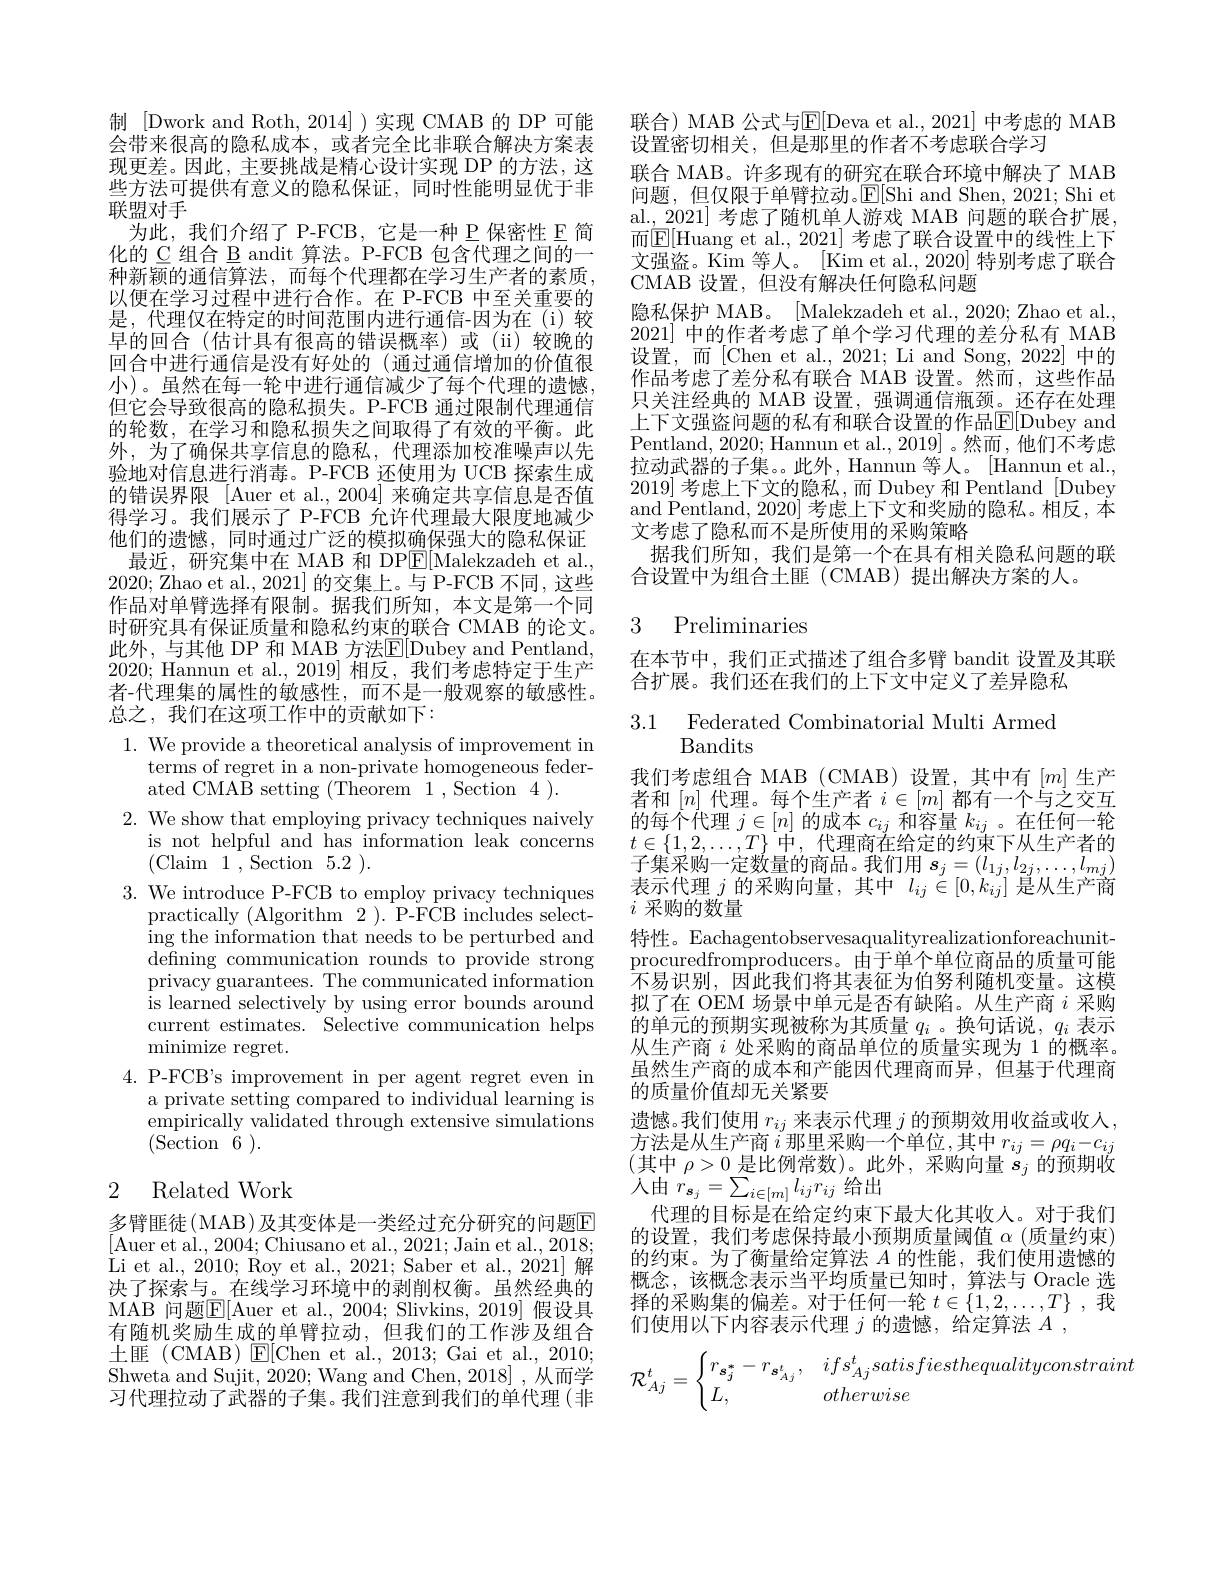
制 [Dwork and Roth, 2014] )实现 CMAB 的 DP 可能会带来很高的隐私成本，或者完全比非联合解决方案表现更差。因此，主要挑战是精心设计实现 DP 的方法，这些方法可提供有意义的隐私保证，同时性能明显优于非$\overline{\text{联盟对手}}$
为此，我们介绍了 P-FCB,它是一种 P 保密性 E 简化的 C 组合 B andit 算法。P-FCB 包含代理之间的一种新颖的通信算法，而每个代理都在学习生产者的素质， 以便在学习过程中进行合作。在 P-FCB 中至关重要的是，代理仅在特定的时间范围内进行通信-因为在(i)较早的回合(估计具有很高的错误概率)或(ii)较晚的回合中进行通信是没有好处的 (通过通信增加的价值很小)。虽然在每一轮中进行通信减少了每个代理的遗憾， 但它会导致很高的隐私损失。P-FCB 通过限制代理通信的轮数，在学习和隐私损失之间取得了有效的平衡。此外，为了确保共享信息的隐私，代理添加校准噪声以先验地对信息进行消毒。P-FCB 还使用为 UCB 探索生成的错误界限[Auer et al.,2004] 来确定共享信息是否值得学习。我们展示了 P-FCB 允许代理最大限度地减少他们的遗憾，同时通过广泛的模拟确保强大的隐私保证最近，研究集中在 MAB 和 DP$\mathbb{E}[$Malekzadeh et al.
2020; Zhao et al., 2021] 的交集上。与 P-FCB 不同，这些作品对单臂选择有限制。据我们所知，本文是第一个同时研究具有保证质量和隐私约束的联合 CMAB 的论文。此外，与其他 DP 和 MAB 方法$\mathbb{E}[$Dubey and Pentland, 2020; Hannun et al., 2019] 相反，我们考虑特定于生产者-代理集的属性的敏感性，而不是一般观察的敏感性。总之，我们在这项工作中的贡献如下：

$1.{\mathrm{~We~provide~a~theoretical~analysis~of~improvement~in}}$
terms of regret in a non-private homogeneous feder-
ated CMAB setting (Theorem 1,Section 4 ).
2. We show that employing privacy techniques naively
is not helpful and has information leak concerns
(Claim1,Section5.2).
3. We introduce P-FCB to employ privacy techniques
practically (Algorithm 2 ). P-FCB includes selecting the information that needs to be perturbed and defining communication rounds to provide strong privacy guarantees. The communicated information is learned selectively by using error bounds around current estimates. Selective communication helps minimize regret.
4.P-FCB's improvement in per agent regret even in
a private setting compared to individual learning is empirically validated through extensive simulations $({\mathrm{Section}}~{\bar{6}}).$

## 2 Related Work

多臂匪徒(MAB)及其变体是一类经过充分研究的问题E [Auer et al., 2004; Chiusano et al., 2021; Jain et al., 2018; Li et al., 2010; Roy et al., 2021; Saber et al., 2021] 解决了探索与。在线学习环境中的剥削权衡。虽然经典的MAB 问题$\boxed{\mathrm{F}}[$Auer et al.,2004; Slivkins, 2019] 假设具有随机奖励生成的单臂拉动，但我们的工作涉及组合土匪(CMAB) $\operatorname{E}[$Chen et al., 2013; Gai et al., 2010; Shweta and Sujit, 2020; Wang and Chen, 2018] , 从而学习代理拉动了武器的子集。我们注意到我们的单代理(非

联合) MAB 公式与$\mathbb{E}[$Deva et al., 2021] 中考虑的 MAB
设置密切相关，但是那里的作者不考虑联合学习
联合 MAB。许多现有的研究在联合环境中解决了 MAB 问题，但仅限于单臂拉动。$\mathbb{E}[$Shi and Shen, 2021; Shi et al.\_2021] 考虑了随机单人游戏 MAB 问题的联合扩展， 而$\mathbb{E}[$Huang et al., 2021] 考虑了联合设置中的线性上下文强盗。Kim 等人。[Kim et al.,2020] 特别考虑了联合CMAB 设置，但没有解决任何隐私问题
隐私保护 MAB。[Malekzadeh et al., 2020; Zhao et al., 2021]中的作者考虑了单个学习代理的差分私有 MAB 设置，而[Chen et al., 2021; Li and Song, 2022] 中的作品考虑了差分私有联合 MAB 设置。然而，这些作品只关注经典的 MAB 设置，强调通信瓶颈。还存在处理上下文强盗问题的私有和联合设置的作品$\mathbb{E}[$Dubey and Pentland, 2020; Hannun et al., 2019] 。然而 , 他们不考虑拉动武器的子集。此外，Hannun 等人。[Hannun et al., 2019]考虑上下文的隐私，而 Dubey 和 Pentland [Dubey] and Pentland, 2020] 考虑上下文和奖励的隐私。相反，本文考虑了隐私而不是所使用的采购策略
据我们所知，我们是第一个在具有相关隐私问题的联
合设置中为组合土匪(CMAB)提出解决方案的人。

## 3 Preliminaries

在本节中，我们正式描述了组合多臂 bandit 设置及其联
合扩展。我们还在我们的上下文中定义了差异隐私

3.1 Federated Combinatorial Multi Armed
Bandits

表示代理$j$的采购向量，其中$l_ij\in[0,k_{ij}]$是从生产商
$i$采购的数量

我们考虑组合 MAB (CMAB) 设置，其中有$[m]$生产者和$[n]$代理。每个生产者$i\in[m]$都有一个与之交互的每个代理$j\in[n]$的成本$c_ij$和容量$k_ij$ 。在任何一轮$t\in\{1,2,\ldots,T\}$中，代理商在给定的约束下从生产者的子集采购一定数量的商品。我们用$s_j=(l_{1j},l_{2j},\ldots,l_{mj})$ 特性。Eachagentobservesaqualityrealizationforeachunitprocuredfromproducers。由于单个单位商品的质量可能不易识别，因此我们将其表征为伯努利随机变量。这模拟了在 OEM 场景中单元是否有缺陷。从生产商$i$采购的单元的预期实现被称为其质量$q_i$ 。换句话说，$q_i$表示从生产商$i$处采购的商品单位的质量实现为 1 的概率。虽然生产商的成本和产能因代理商而异，但基于代理商的质量价值却无关紧要
遗憾。我们使用$r_ij$来表示代理$j$的预期效用收益或收人， 方法是从生产商$i$那里采购一个单位，其中$r_ij=\rho q_i-c_{ij}$ (其中$\rho>0$是比例常数)。此外，采购向量$s_j$的预期收入由$r_{\boldsymbol{s}_j}=\sum_{i\in[m]}l_{ij}r_{ij}$给出
代理的目标是在给定约束下最大化其收人。对于我们的设置，我们考虑保持最小预期质量阈值$\alpha$(质量约束) 的约束。为了衡量给定算法$A$的性能，我们使用遗憾的概念，该概念表示当平均质量已知时，算法与 Oracle 选择的采购集的偏差。对于任何一轮$t\in\{1,2,\ldots,T\}$ ,我们使用以下内容表示代理$j$的遗憾，给定算法$A$,
$$\mathcal{R}_{Aj}^t=\begin{cases}r_{\boldsymbol{s}_j^*}-r_{\boldsymbol{s}_{Aj}^t},&ifs_{Aj}^tsatisfiesthequalityconstraint\\L,&otherwise\end{cases}$$